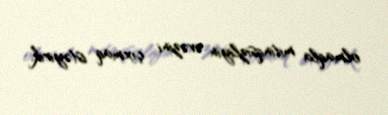
olmaqla mitinqsizliyin əvəzini çıxmaq istəyirik.